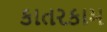
કાતરકામ